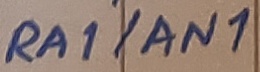
Text: RA1/AN1